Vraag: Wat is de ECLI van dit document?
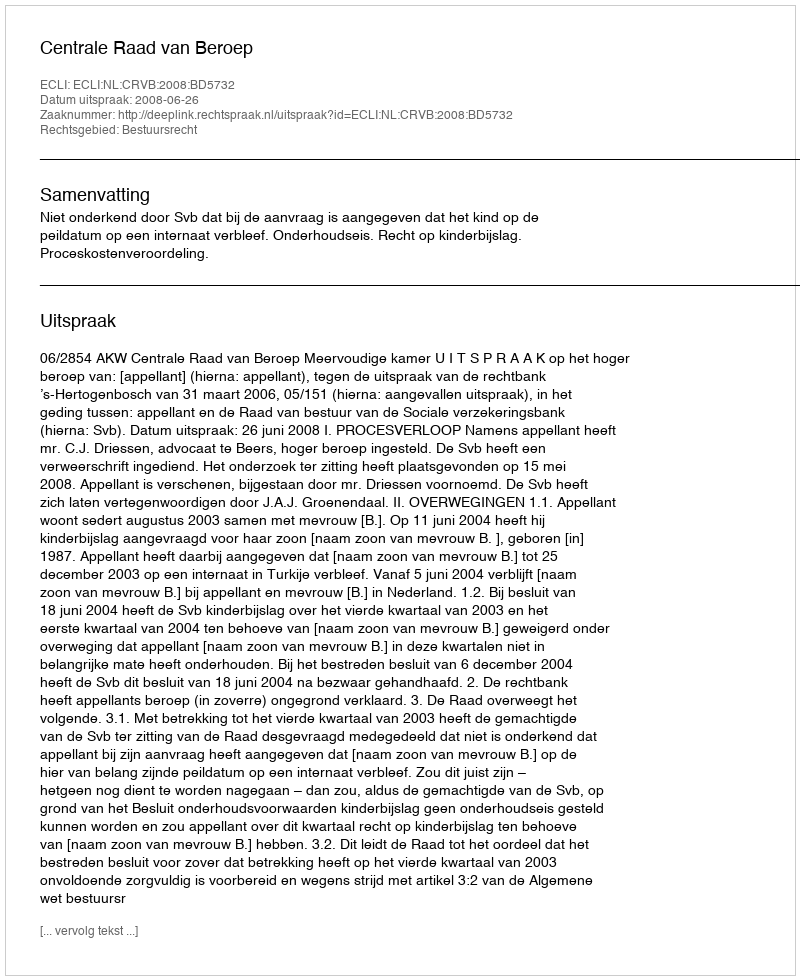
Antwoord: ECLI:NL:CRVB:2008:BD5732